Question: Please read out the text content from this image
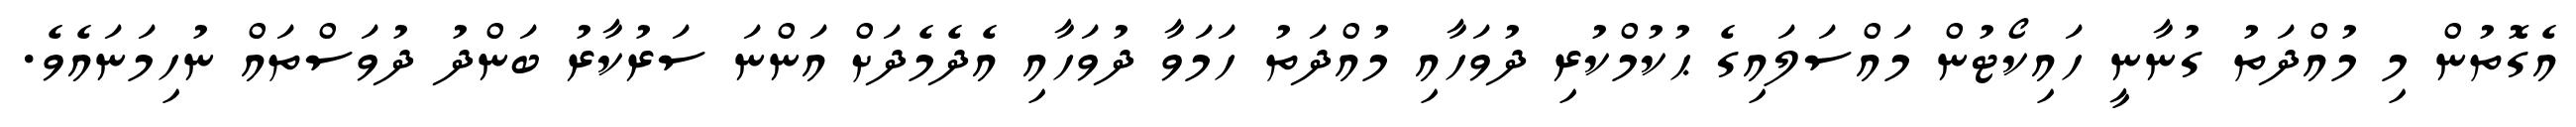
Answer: އެގޮތުން މި މުއްދަތު ގުނާނީ ހައިކޯޓުން މައްސަލައިގެ ޙުކުމްކުރި ދުވަހާއި މުއްދަތު ހަމަވާ ދުވަހާއި އެދެމެދަށް އަންނަ ސަރުކާރު ބަންދު ދުވަސްތައް ނުހިމަނައެވެ.